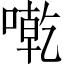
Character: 𠼳